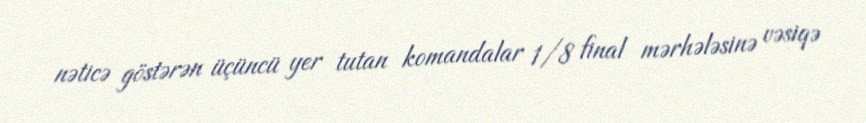
nəticə göstərən üçüncü yer tutan komandalar 1/8 final mərhələsinə vəsiqə